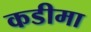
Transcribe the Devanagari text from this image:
कडीमा